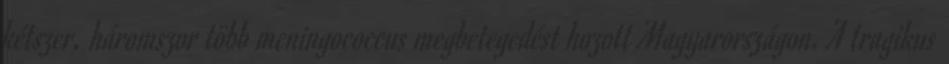
kétszer, háromszor több meningococcus megbetegedést hozott Magyarországon. A tragikus